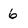
Character: 6